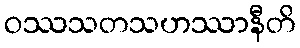
ဝဿသတသဟဿာနီတိ